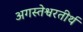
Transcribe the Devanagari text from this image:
अगस्तेश्वरतीर्थ